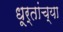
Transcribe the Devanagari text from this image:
धूर्तांच्या